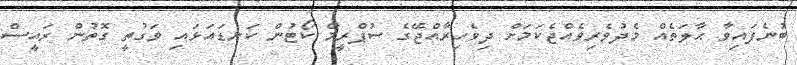
ބުނެފައިވާ ޙާލަތެއް މެދުވެރިވެއްޖެކަމަށް ދިވެހިރާއްޖޭގެ ސުޕްރީމް ކޯޓުން ކަނޑައަޅައި ވަގުތީ ގޮތުން ރައީސް